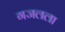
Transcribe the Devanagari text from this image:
गजलला